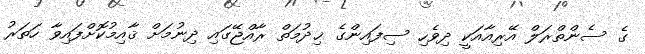
ގެ ސެންތްރަލް އޭރިއާއަކީ ދިވެހި ސިފައިންގެ ޚިދުމަތް ރާއްޖޭގައި ދިނުމަށް ޤާއިމުކޮށްފައިވާ ހަތަރު